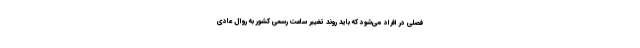
فصلی در افراد می‌شود که باید روند تغییر ساعت رسمی کشور به روال عادی